Report of the Municipal Commissioner on the plague in Bombay for the year ending 31st May... - Volume 1
Disease focus: Plague
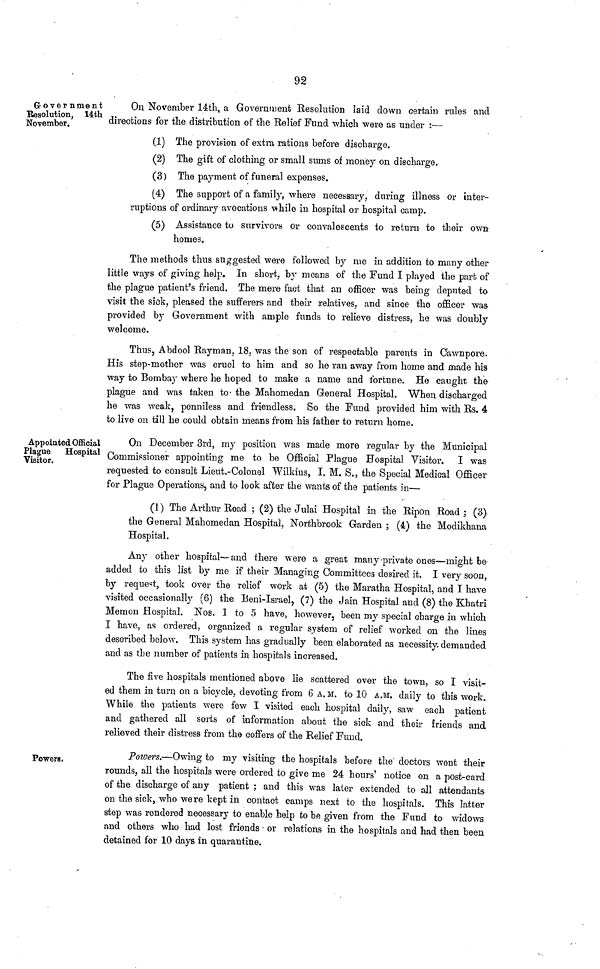
92
Government
Resolution, 14th
November.
On November 14th, a Government Resolution laid down certain rules and
directions for the distribution of the Relief Fund which were as under :—
(1) The provision of extra rations before discharge.
(2) The gift of clothing or small sums of money on discharge.
(3 ) The payment of funeral expenses.
(4) The support of a family, where necessary, during illness or inter-
ruptions of ordinary avocations while in hospital or hospital camp.
(5) Assistance to survivors or convalescents to return to their own
homes.
The methods thus suggested were followed by me in addition to many other
little ways of giving help. In short, by means of the Fund I played the part of
the plague patient's friend. The mere fact that an officer was being deputed to
visit the sick, pleased the sufferers and their relatives, and since the officer wa&
provided by Government with ample funds to relieve distress, he was doubly
welcome.
Thus, Abdool Rayman, 18, was the son of respectable parents in Cawnpore.
His step-mother was cruel to him and so he ran away from home and made his
way to Bombay where he hoped to make a name and fortune. He caught the
plague and was taken to the Mahomedan General Hospital. When discharged
he was weak, penniless and friendless. So the Fund provided him with Rs. 4
to live on till he could obtain means from his father to return home.
Appointed Official
Plague Hospital
Visitor.
On December 3rd, my position was made more regular by the Municipal
Commissioner appointing me to be Official Plague Hospital Visitor. I was
requested to consult Lieut.-Colonel Wilkins, I. M. S., the Special Medical Officer
for Plague Operations, and to look after the wants of the patients in—
(1) The Arthur Road ; (2) the Julai Hospital in the Ripon Road ; (3)
the General Mahomedan Hospital, Northbrook Garden ; (4) the Modikhana
Hospital.
Any other hospital— and there were a great many 'private ones—might be
added to this list by me if their Managing Committees desired it. I very soon,
by request, took over the relief work at (5) the Maratha Hospital, and I have
visited occasionally (6) the Beni-Israel, (7) the Jain Hospital and (8) the Khatri
Memon Hospital. Nos. 1 to 5 have, however, been my special charge in which
I have, as ordered, organized a regular system of relief worked on the lines
described below. This system has gradually been elaborated as necessity, demanded
and as the number of patients in hospitals increased.
The five hospitals mentioned above lie scattered over the town, so I visit-
ed them in turn on a bicycle, devoting from 6 A.M. to 10 A.M. daily to this work.
While the patients were few I visited each hospital daily, saw each patient
and gathered all sorts of information about the sick and their friends and
relieved their distress from the coffers of the Relief Fund.
Powers.
Powers.—Owing to my visiting the hospitals before the doctors went their
rounds, all the hospitals were ordered to give me 24 hours' notice on a post-card
of the discharge of any patient ; and this was later extended to all attendants
on the sick, who were kept in contact camps next to the hospitals. This latter
step was rendered necessary to enable help to be given from the Fund to widows
and others who had lost friends or relations in the hospitals and had then been
detained for 10 days in quarantine.